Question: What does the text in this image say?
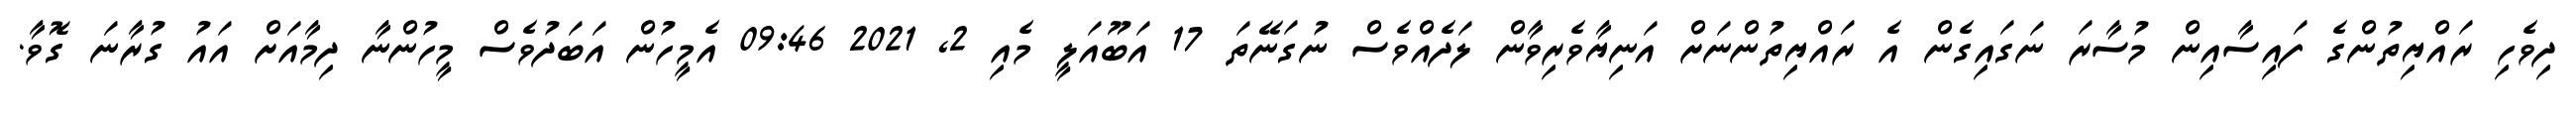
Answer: ދިވެހި ރައްޔިތުންގެ ފައިސާއިން މުސާރަ ނަގައިގެން އެ ރައްޔިތުންނަށް އަނިޔާވެރިވާން ލަދެއްވެސް ނުގަނޭތަ 17 އަބޫއަލީ މެއި 2, 2021 09:46 އެމީހުން އަބަދުވެސް މީހުންނާ ދިމާއަށް އައު ގުރާނަ ގޮވާ.